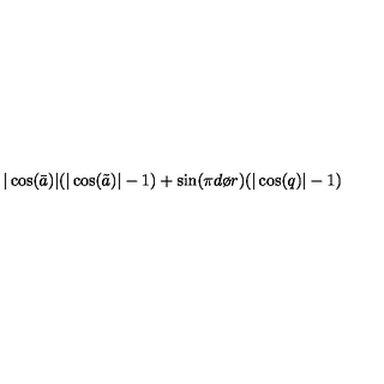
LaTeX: | \cos ( \bar { a } ) | ( | \cos ( \tilde { a } ) | - 1 ) + \sin ( { { \pi d } \o { r } } ) ( | \cos ( q ) | - 1 )